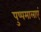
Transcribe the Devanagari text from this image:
पुष्पमालाएं